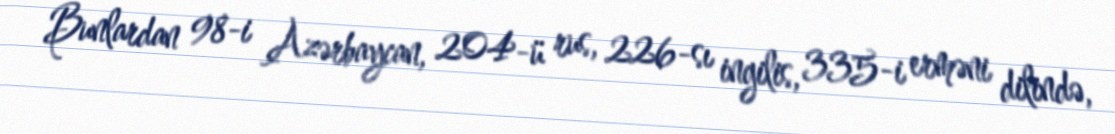
Bunlardan 98-i Azərbaycan, 204-ü rus, 226-sı ingilis, 335-i erməni dilində,